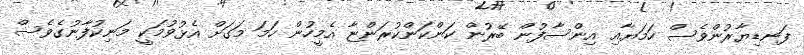
ފަނޑިޔާރުންވެސް ހަމަޔާއި އިންސާފުން ބޭރުން ކަންކަންކުރަންޏާ އެމީހުން ހަމަ މަގަށް އެޅުވުމަކީ މަނިކުފާނުގެވެސް